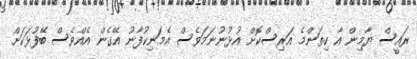
ރައީސް ޔާމިން އާ ކިތަންމެ އަރިސްކޮށް އުޅުނުނަމަވެސް އެމަނިކުފާނު އޭގެން އެއްވެސް ބޭފުޅަކަށް